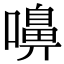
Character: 嚊